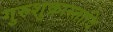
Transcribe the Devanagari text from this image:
गुरुशुक्रास्तादि